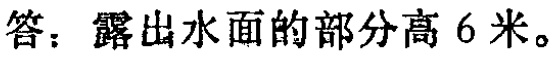
答：露出水面的部分高 6 米。